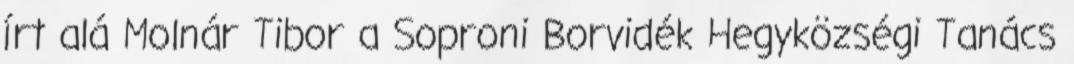
írt alá Molnár Tibor a Soproni Borvidék Hegyközségi Tanács